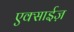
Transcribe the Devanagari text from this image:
एक्साईज़